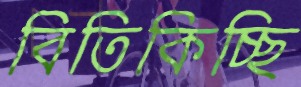
বিতিকিচ্ছি